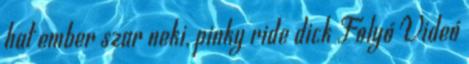
hat ember szar neki, pinky ride dick Folyó Videó